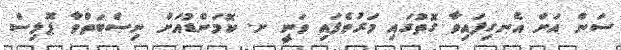
ސަން އަށް އެނގިފައިވާ ގޮތުގައި މަރުވެފައި ވަނީ ށ. ކޮމަންޑުއަށް ނިސްބަތްވާ ޕޮލިސް